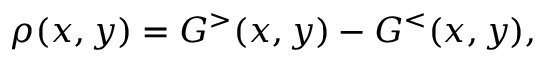
\rho ( x , y ) = G ^ { > } ( x , y ) - G ^ { < } ( x , y ) ,